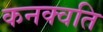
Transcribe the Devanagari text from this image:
कनक्वति